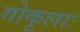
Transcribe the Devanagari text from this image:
गोकुलाः